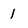
Character: 1